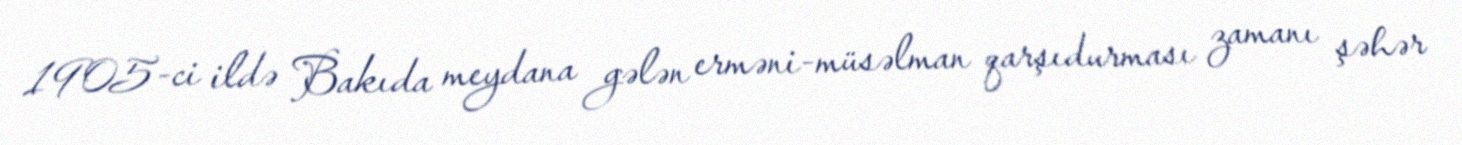
1905-ci ildə Bakıda meydana gələn erməni-müsəlman qarşıdurması zamanı şəhər